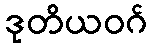
ဒုတိယဝဂ်